Annual administration and progress report of the Indian Medical Department, Bombay
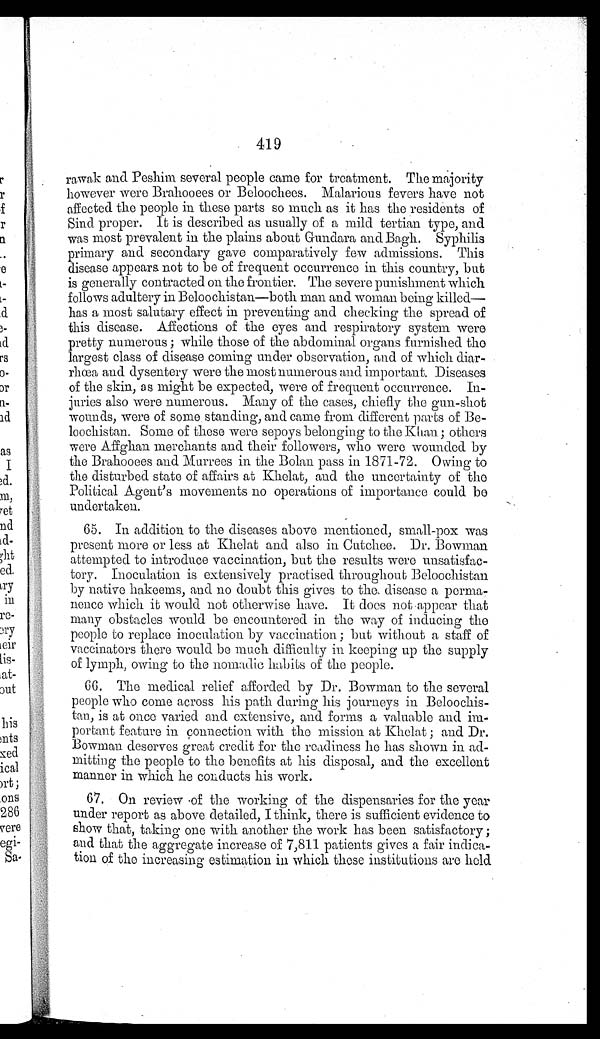
419
rawak and Peshim several people came for treatment. The majority
however were Brahooees or Beloochees. Malarious fevers have not
affected the people in these parts so much as it has the residents of
Sind proper. It is described as usually of a mild tertian type, and
was most prevalent in the plains about Gundara and Bagh. Syphilis
primary and secondary gave comparatively few admissions. This
disease appears not to be of frequent occurrence in this country, but
is generally contracted on the frontier. The severe punishment which
follows adultery in Beloochistan—both man and woman being killed
— h a s a m o s t s a l u t a r y e f f e c t i n p r e v e n t i n g a n d c h e c k i n g t h e s p r e a d o f
this disease. Affections of the eyes and respiratory system were
pretty numerous; while those of the abdominal organs furnished the
largest class of disease coming under observation, and of which diar
-rhœa and dysentery were the most numerous and important. Diseases
of the skin, as might be expected, were of frequent occurrence. In
-juries also were numerous. Many of the cases, chiefly the gun-shot
wounds, were of some standing, and came from different parts of Be
-loochistan. Some of these were sepoys belonging to the Khan; others
were Affghan merchants and their followers, who were wounded by
the Brahooees and Murrees in the Bolan pass in 1871-72. Owing to
the disturbed state of affairs at Khelat, and the uncertainty of the
Political Agent's movements no operations of importance could be
undertaken.
65. In addition to the diseases above mentioned, small-pox was
present more or less at Khelat and also in Cutchee. Dr. Bowman
attempted to introduce vaccination, but the results were unsatisfac
-tory. Inoculation is extensively practised throughout Beloochistan
by native hakeems, and no doubt this gives to the disease a perma
-nence which it would not otherwise have. It does not appear that
many obstacles would be encountered in the way of inducing the
people to replace inoculation by vaccination; but without a staff of
vaccinators there would be much difficulty in keeping up the supply
of lymph, owing to the nomadic habits of the people.
66. The medical relief afforded by Dr. Bowman to the several
people who come across his path during his journeys in Beloochis
-tan, is at once varied and extensive, and forms a valuable and im
-portant feature in connection with the mission at Khelat; and Dr.
Bowman deserves great credit for the readiness he has shown in ad
-mitting the people to the benefits at his disposal, and the excellent
manner in which he conducts his work.
67. On review of the working of the dispensaries for the year
under report as above detailed, I think, there is sufficient evidence to
show that, taking one with another the work has been satisfactory;
and that the aggregate increase of 7,811 patients gives a fair indica
-tion of the increasing estimation in which these institutions are held